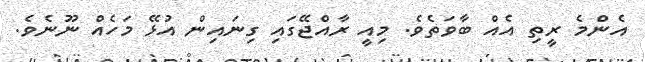
އެންމެ ރީތި އެއް ބާވަތެވެ. މިއީ ރާއްޖޭގައި ގިނައިން އުޅޭ މަހެއް ނޫނެވެ.